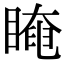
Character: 𥉱